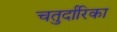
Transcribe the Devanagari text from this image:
चतुर्दारिका